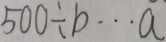
5 0 0 \div b \cdots a